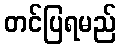
တင်ပြရမည်